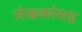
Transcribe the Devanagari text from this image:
लेखकांसह